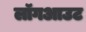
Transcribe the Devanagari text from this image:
लॉगआउट